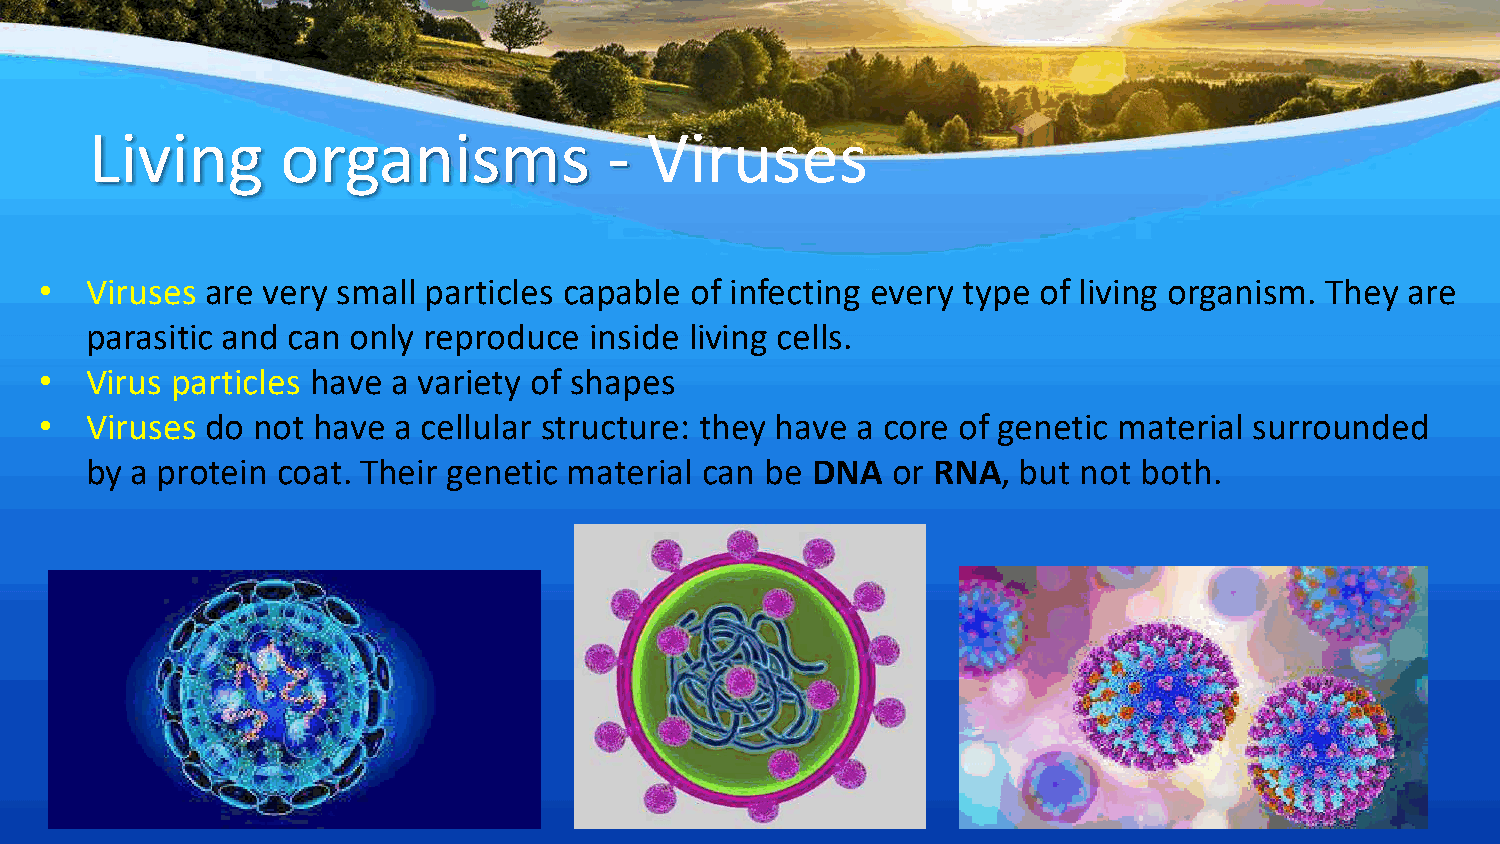
Living       organisms            -  Viruses
 •  Viruses are very small particles capable of infecting every type of living organism. They are
 parasitic and can only reproduce inside living cells.
 •  Virus particles have a variety of shapes
 •  Viruses do not have a cellular structure: they have a core of genetic material surrounded
 by a protein coat. Their genetic material can be DNA or RNA, but  not both.